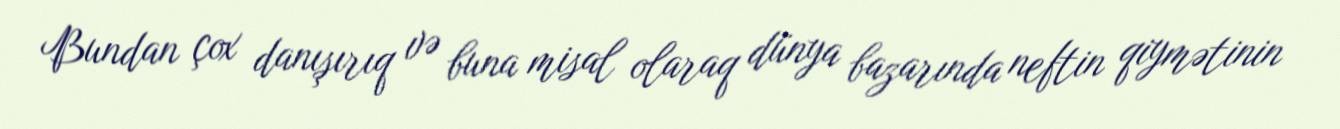
Bundan çox danışırıq və buna misal olaraq dünya bazarında neftin qiymətinin